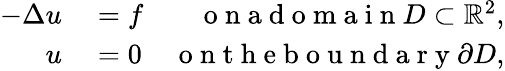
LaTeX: \begin{array}{rlr}{-\Delta u}&{{}=f}&{\mathrm{~o~n~a~d~o~m~a~i~n~}D\subset\mathbb{R}^{2},}\\ {u}&{{}=0}&{\mathrm{~o~n~t~h~e~b~o~u~n~d~a~r~y~}\partial D,}\end{array}